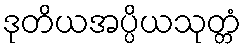
ဒုတိယအပ္ပိယသုတ္တံ